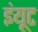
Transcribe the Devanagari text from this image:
इंयूट